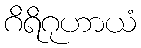
ဂိရိဂုဟာယံ